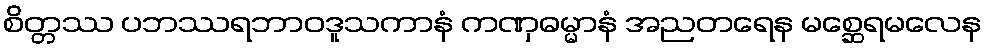
စိတ္တဿ ပဘဿရဘာဝဒူသကာနံ ကဏှဓမ္မာနံ အညတရေန မစ္ဆေရမလေန